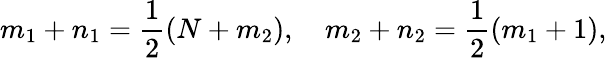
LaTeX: m_{1}+n_{1}=\frac{1}{2}(N+m_{2}),\quad m_{2}+n_{2}=\frac{1}{2}(m_{1}+1),